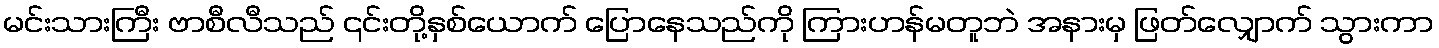
မင်းသားကြီး ဗာစီလီသည် ၎င်းတို့နှစ်ယောက် ပြောနေသည်ကို ကြားဟန်မတူဘဲ အနားမှ ဖြတ်လျှောက် သွားကာ